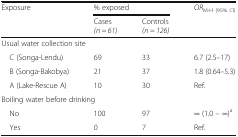
| <ROWSPAN=2> Exposure | <COLSPAN=2> % exposed | <ROWSPAN=2> ORM-H (95% CI) |
 | Cases(n = 61) | Controls(n = 126) |
 | --- | --- | --- | --- |
 | <COLSPAN=4> Usual water collection site |
 | C (Songa-Lendu) | 69 | 33 | 6.7 (2.5–17) |
 | B (Songa-Bakobya) | 21 | 37 | 1.8 (0.64–5.3) |
 | A (Lake-Rescue A) | 10 | 30 | Ref. |
 | <COLSPAN=4> Boiling water before drinking |
 | No | 100 | 97 | ∞ (1.0 – ∞)a |
 | Yes | 0 | 7 | Ref. |